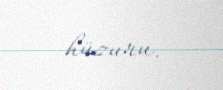
hüzuru.